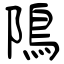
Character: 隝